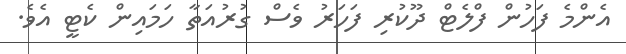
އެންމެ ފަހުން ފްލެޓް ދޫކުރި ފަހަރު ވެސް ގުރުއަތާ ހަމައިން ކެޓީ އެވެ.